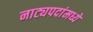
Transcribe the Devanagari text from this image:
नाट्यपदांमध्ये